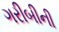
ગરીબીની